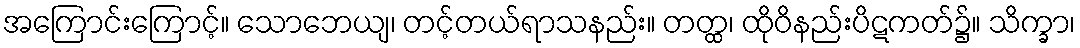
အကြောင်းကြောင့်။ သောဘေယျ၊ တင့်တယ်ရာသနည်း။ တတ္ထ၊ ထိုဝိနည်းပိဋကတ်၌။ သိက္ခာ၊